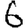
Digit: 6